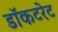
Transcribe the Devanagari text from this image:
डॉकटरेट